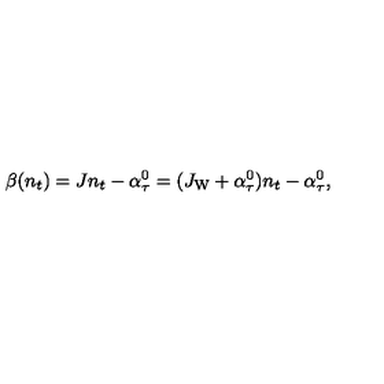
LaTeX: \beta ( n _ { t } ) = J n _ { t } - \alpha _ { \tau } ^ { 0 } = ( J _ { \mathrm { W } } + \alpha _ { \tau } ^ { 0 } ) n _ { t } - \alpha _ { \tau } ^ { 0 } ,